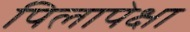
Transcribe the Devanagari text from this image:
पिलापेक्षा